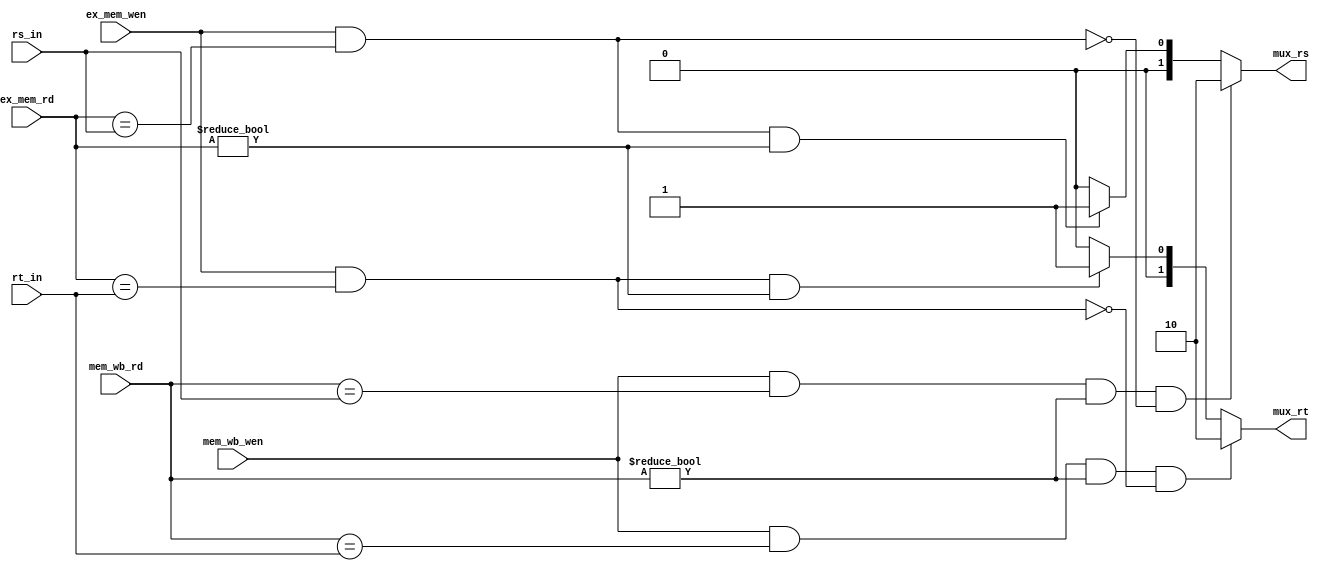
module fowarding_unit(

	input [4:0] rs_in,
	input [4:0] rt_in,
	input [4:0] ex_mem_rd,
	input [4:0] mem_wb_rd,
	input ex_mem_wen,
	input mem_wb_wen,
	output reg [1:0] mux_rs,
	output reg [1:0] mux_rt);
	

	always @* begin
	
		mux_rs = 2'b00;
		mux_rt = 2'b00;
		
		if((ex_mem_wen == 1'b1) && (ex_mem_rd == rs_in) && (ex_mem_rd != 0)) begin
		
			mux_rs = 2'b01;
			
		end 
		
		if((mem_wb_wen == 1'b1) && (mem_wb_rd == rs_in) && (mem_wb_rd != 0) && !((ex_mem_wen == 1'b1) && (ex_mem_rd == rs_in))) begin
			
			mux_rs = 2'b10;
			
		end
		
		if((ex_mem_wen == 1'b1) && (ex_mem_rd == rt_in) && (ex_mem_rd != 0)) begin
		
			mux_rt = 2'b01;
			
		end 
		
		if ( (mem_wb_wen == 1'b1) && (mem_wb_rd == rt_in) && (mem_wb_rd != 0) && !((ex_mem_wen == 1'b1) && (ex_mem_rd == rt_in))) begin
		
			mux_rt = 2'b10;
			
		end
		
	end
	
endmodule